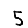
Digit: 5